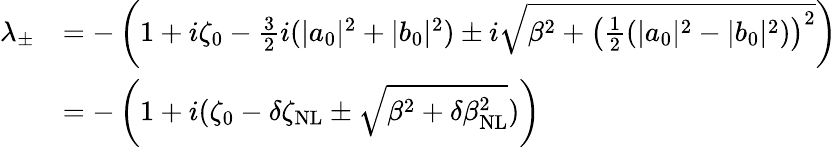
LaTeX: \begin{array}{rl}{\lambda_{\pm}}&{=-\left(1+i\zeta_{0}-\frac{3}{2}i(|a_{0}|^{2}+|b_{0}|^{2})\pm i\sqrt{\beta^{2}+\left(\frac{1}{2}(|a_{0}|^{2}-|b_{0}|^{2})\right)^{2}}\right)}\\ &{=-\left(1+i(\zeta_{0}-\delta\zeta_{\mathrm{NL}}\pm\sqrt{\beta^{2}+\delta\beta_{\mathrm{NL}}^{2}})\right)}\end{array}